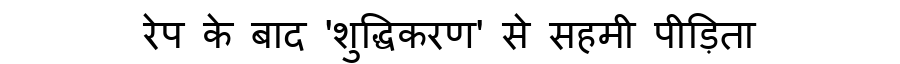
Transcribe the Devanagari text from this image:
रेप के बाद 'शुद्धिकरण' से सहमी पीड़िता